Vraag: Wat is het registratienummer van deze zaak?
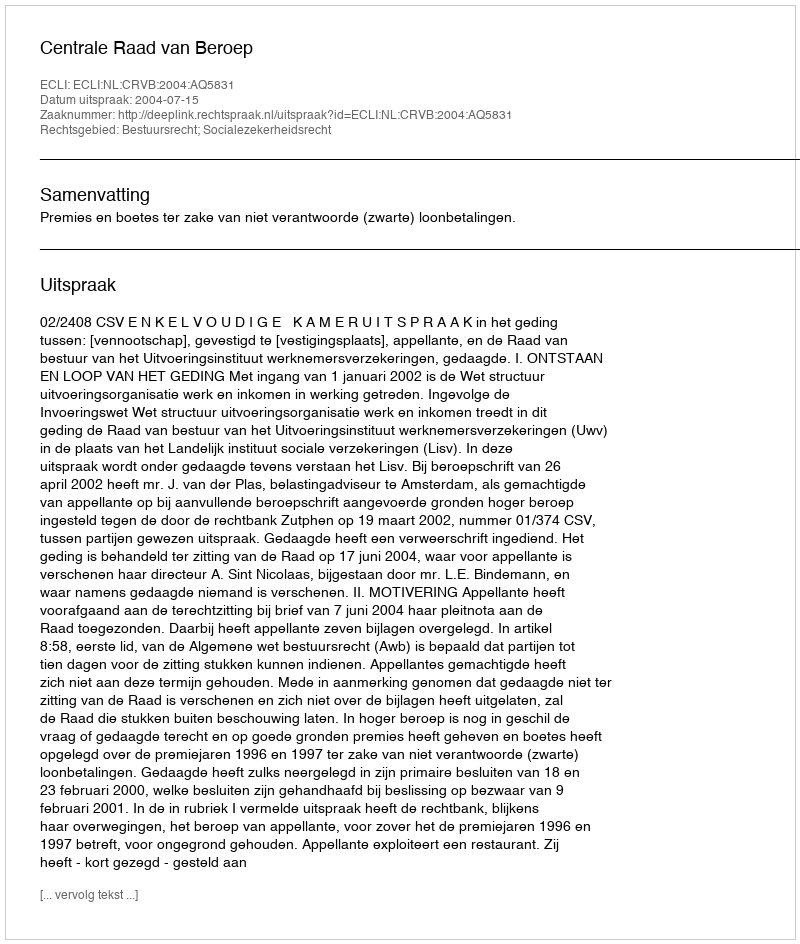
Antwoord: http://deeplink.rechtspraak.nl/uitspraak?id=ECLI:NL:CRVB:2004:AQ5831